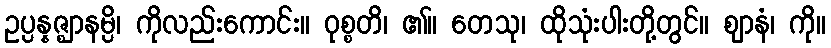
ဥပ္ပန္နဇ္ဈာနမ္ပိ၊ ကိုလည်းကောင်း။ ဝုစ္စတိ၊ ၏။ တေသု၊ ထိုသုံးပါးတို့တွင်။ ဈာနံ၊ ကို။